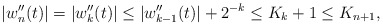
\begin{align*}|w_n''(t)| = |w_k''(t) | \leq |w_{k-1}''(t)| + 2^{-k} \leq K_{k} + 1 \leq K_{n+1},\end{align*}